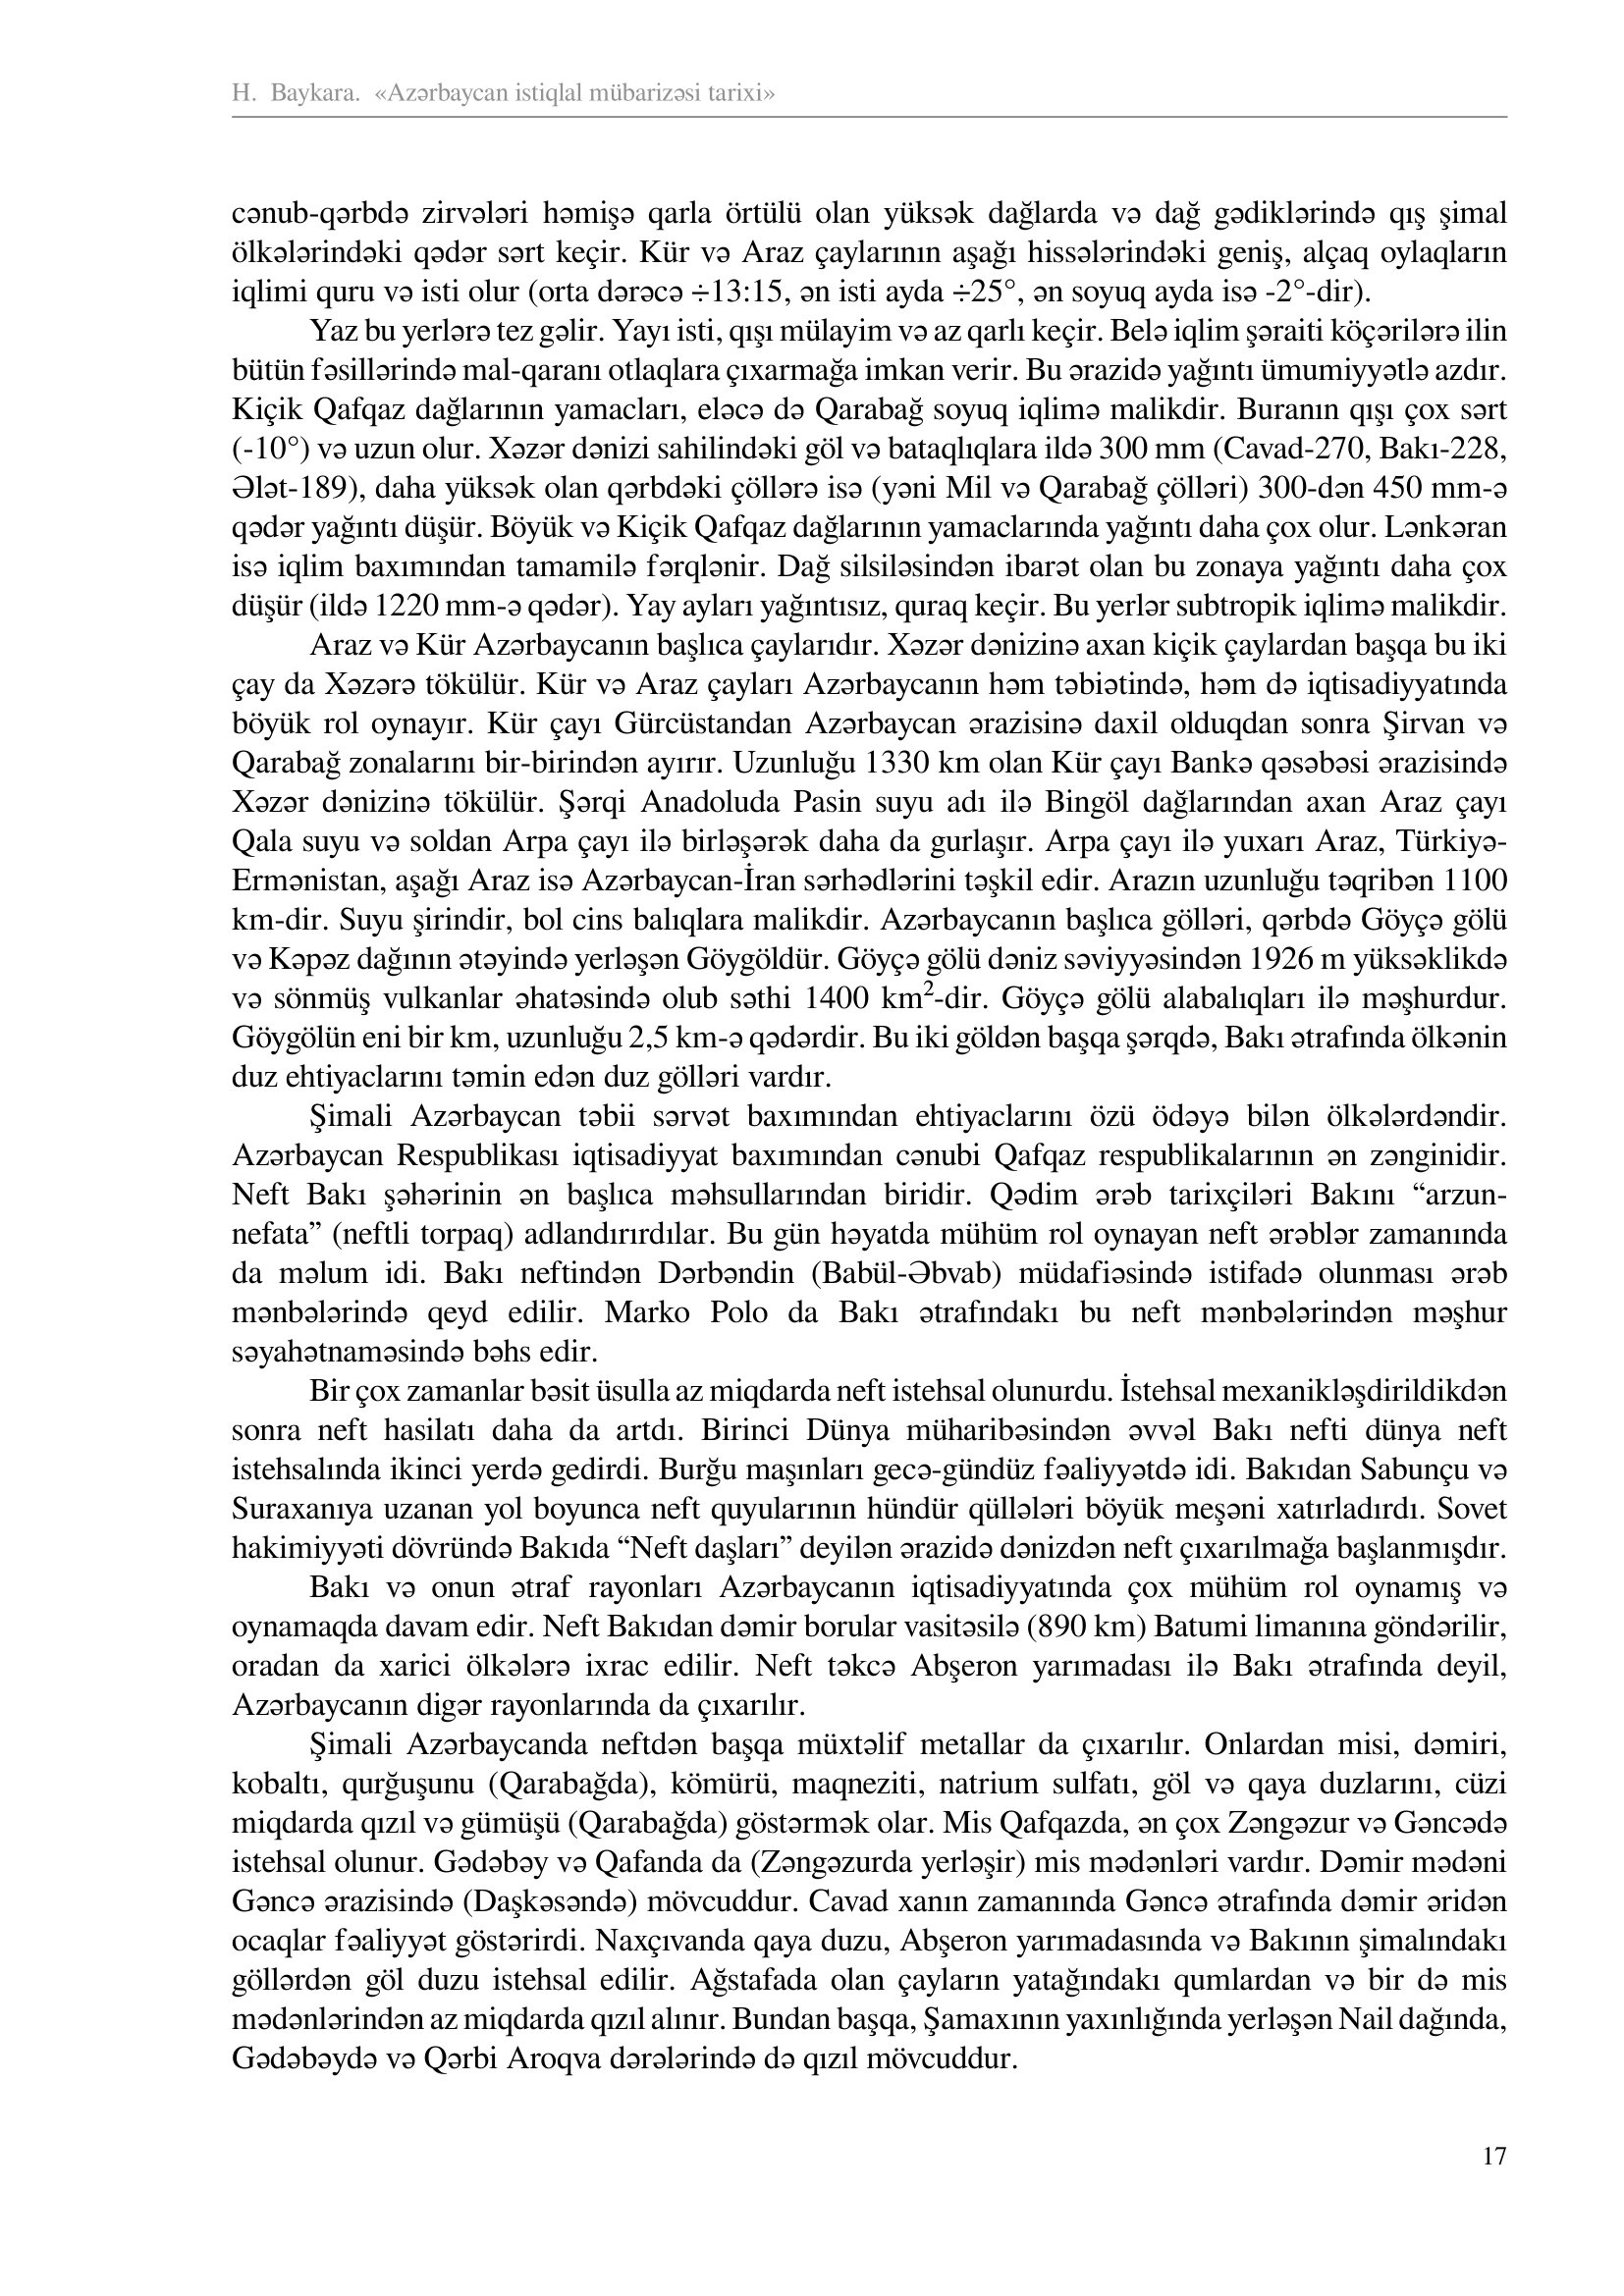
Language: az